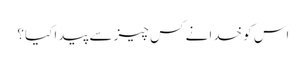
اس کو خدا نے کس چیز سے پیدا کیا؟